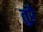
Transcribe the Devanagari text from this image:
तुरै